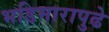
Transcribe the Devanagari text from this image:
भडिमारापुढे